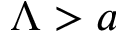
\Lambda > a